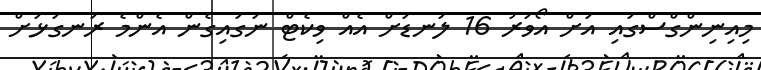
މިއިނިންގްސްގައި އަށް އޯވަރު 16 ލަނޑަށް އެއް ވިކެޓް ނަގައިގެން އެންމެ ރަނގަޅަށް